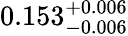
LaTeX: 0.153_{-0.006}^{+0.006}